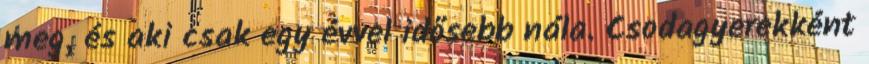
meg, és aki csak egy évvel idősebb nála. Csodagyerekként